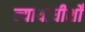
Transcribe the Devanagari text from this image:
न्यायाधीशोँ